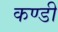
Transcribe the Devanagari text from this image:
कण्डी